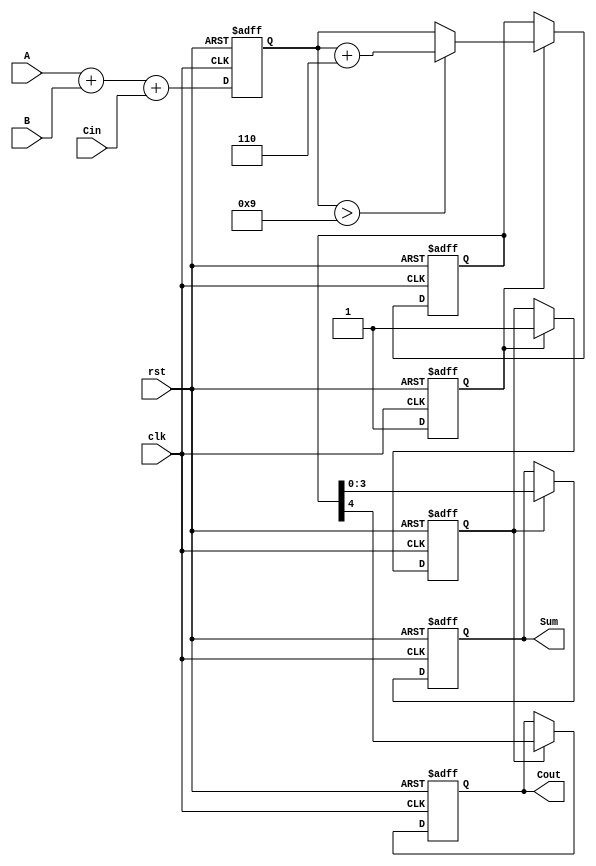
module BCD_Pipelined_Adder (
    input wire clk,         // Clock signal
    input wire rst,         // Reset signal
    input wire [3:0] A,     // BCD input A
    input wire [3:0] B,     // BCD input B
    input wire Cin,         // Carry-in
    output reg [3:0] Sum,   // BCD output Sum
    output reg Cout         // Carry-out
);

    // Internal signals
    reg [4:0] raw_sum;      // Raw sum (5 bits to accommodate carry)
    reg [4:0] corrected_sum; // Corrected sum after BCD adjustment
    reg stage1_valid, stage2_valid; // Stage valid signals

    // Stage 1: Initial addition
    always @(posedge clk or posedge rst) begin
        if (rst) begin
            raw_sum <= 5'b0;
            stage1_valid <= 1'b0;
        end else begin
            raw_sum <= A + B + Cin; // Binary addition
            stage1_valid <= 1'b1;    // Mark stage 1 as valid
        end
    end

    // Stage 2: BCD correction logic
    always @(posedge clk or posedge rst) begin
        if (rst) begin
            corrected_sum <= 5'b0;
            stage2_valid <= 1'b0;
        end else if (stage1_valid) begin
            // Check if raw sum exceeds valid BCD range
            if (raw_sum > 9) begin
                corrected_sum <= raw_sum + 5'b0110; // Add 6 for BCD correction
            end else begin
                corrected_sum <= raw_sum; // No correction needed
            end
            stage2_valid <= 1'b1; // Mark stage 2 as valid
        end
    end

    // Stage 3: Output stage
    always @(posedge clk or posedge rst) begin
        if (rst) begin
            Sum <= 4'b0;
            Cout <= 1'b0;
        end else if (stage2_valid) begin
            Sum <= corrected_sum[3:0]; // Take lower 4 bits as Sum
            Cout <= corrected_sum[4];   // Carry-out is the 5th bit
        end
    end

endmodule